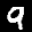
Label: 9